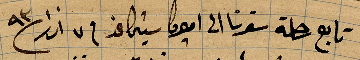
تابع رحلة سفرنا الى اميركا شيكاغو في ٧ اذار ٩٣